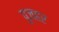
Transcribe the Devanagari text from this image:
पुजहर